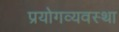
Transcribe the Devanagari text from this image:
प्रयोगव्यवस्था